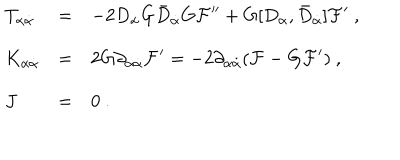
\begin{array} { l l l } { { T _ { \alpha { \dot { \alpha } } } } } & { { = } } & { { - 2 D _ { \alpha } G { \bar { D } } _ { \dot { \alpha } } G { \mathcal F } ^ { \prime \prime } + G [ D _ { \alpha } , { \bar { D } } _ { \dot { \alpha } } ] { \mathcal F } ^ { \prime } \ , } } \\ { { K _ { \alpha { \dot { \alpha } } } } } & { { = } } & { { 2 G \partial _ { \alpha { \dot { \alpha } } } { \mathcal F } ^ { \prime } = - 2 \partial _ { \alpha { \dot { \alpha } } } ( { \mathcal F } - G { \mathcal F } ^ { \prime } ) \ , } } \\ { { J } } & { { = } } & { { 0 \ . } } \\ \end{array}